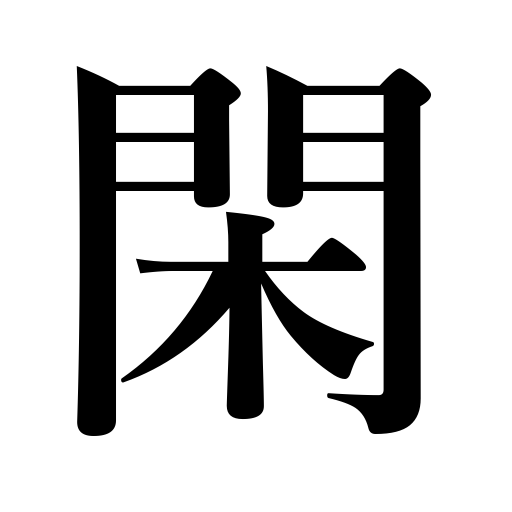
Meanings: leisure